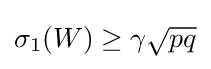
\sigma _{1}(W)\geq \gamma {\sqrt {pq}}